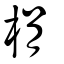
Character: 梋